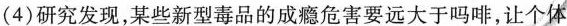
(4)研究发现，某些新型毒品的成瘾危害要远大于吗啡，让个体